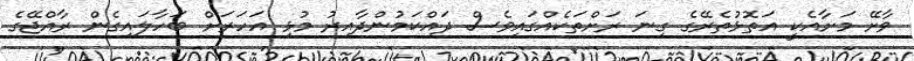
ވާށޭ މަށާއެކީ އަތޮޅުތެރޭގެ ގިނަ ރަށްތަކެއްގައިވެސް ދައްކަމުންދާއިރު މުޅި އަހަރަށް ބަހާލައިގެން ރާއްޖޭގެ